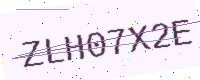
Text: ZLH07X2E